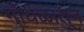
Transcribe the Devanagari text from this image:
गोंधळातून